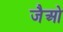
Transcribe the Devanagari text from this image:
जैओ